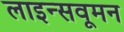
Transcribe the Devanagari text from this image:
लाइन्सवूमन